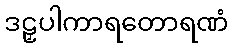
ဒဠှပါကာရတောရဏံ